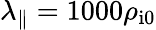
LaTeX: \lambda_{\parallel}=1000\rho_{\mathrm{i0}}